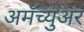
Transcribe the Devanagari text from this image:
अमॅच्युअर